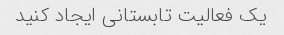
یک فعالیت تابستانی ایجاد کنید